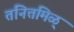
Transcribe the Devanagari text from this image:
तनित्तमिळ्